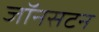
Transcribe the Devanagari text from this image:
जॉनसटन